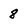
Character: 8